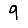
Digit: 9